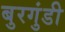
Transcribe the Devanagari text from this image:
बुरगुंडी